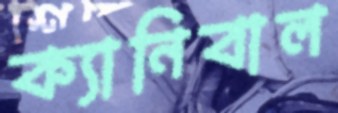
ক্যানিবাল